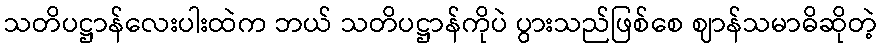
သတိပဋ္ဌာန်လေးပါးထဲက ဘယ် သတိပဋ္ဌာန်ကိုပဲ ပွားသည်ဖြစ်စေ ဈာန်သမာဓိဆိုတဲ့